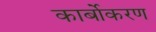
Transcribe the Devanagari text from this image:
कार्बोकरण